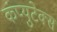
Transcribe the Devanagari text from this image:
कंप्युटेक्स